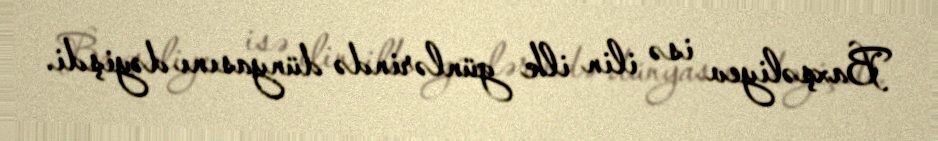
Baxşəliyev isə ilin ilk günlərində dünyasını dəyişdi.